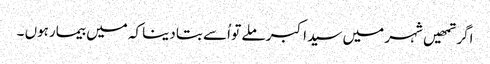
اگر تمھیں شہر میں سید اکبر ملے تو اُسے بتا دینا کہ میں بیمارہوں ۔